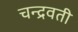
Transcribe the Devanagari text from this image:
चन्द्रवती